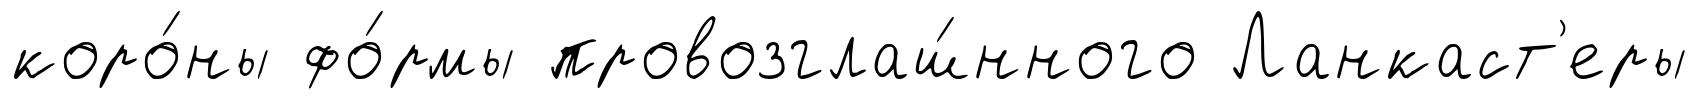
коро́ны фо́рмы провозглаш́нного Ланкаст'еры